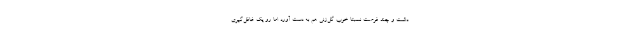
داشت و چند فرصت نسبتا خوب گل‌زنی هم به دست آورد اما رو یک غافل‌گیری